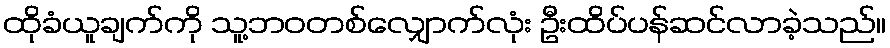
ထိုခံယူချက်ကို သူ့ဘဝတစ်လျှောက်လုံး ဦးထိပ်ပန်ဆင်လာခဲ့သည်။